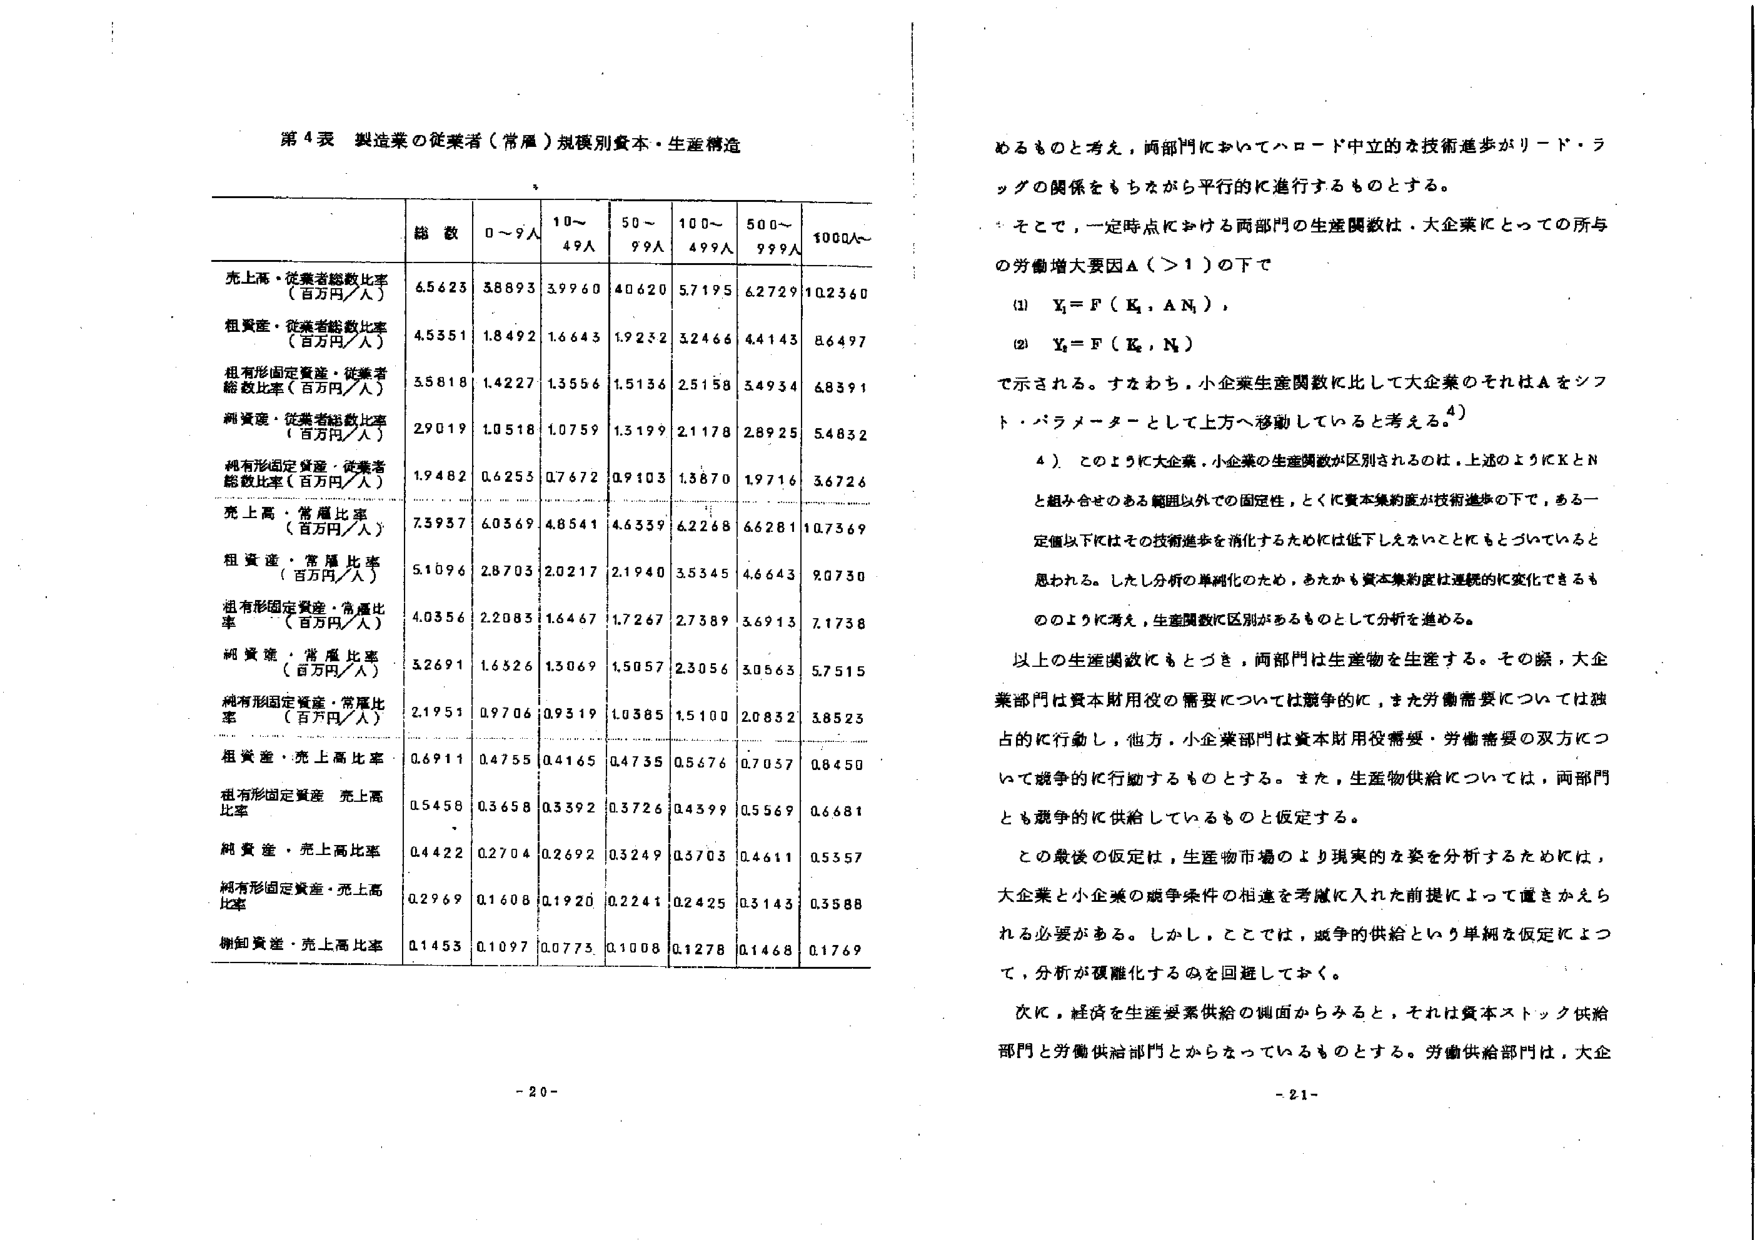
第4表 製造業の従業者（常雇）規模別資本・生産構造

総数 0～9人 10～49人 50～99人 100～499人 500～999人 1000人～

売上高・従業者総数比率（百万円／人） 6.5623 3.8893 3.9960 4.0620 5.7195 6.2729 10.2360
租資産・従業者総数比率（百万円／人） 4.5351 1.8492 1.6643 1.9252 3.2466 4.4143 8.6497
粗有形固定資産・従業者総数比率（百万円／人） 3.5818 1.4227 1.3556 1.5136 2.5158 3.4934 6.8391
純資産・従業者総数比率（百万円／人） 2.9019 1.0518 1.0759 1.3199 2.1178 2.8925 5.4832
純有形固定資産・従業者総数比率（百万円／人） 1.9482 0.6253 0.7672 0.9103 1.3870 1.9716 3.6726

売上高・常雇比率（百万円／人） 7.3937 6.0369 4.8541 4.6339 6.2268 6.6281 10.7369
租資産・常雇比率（百万円／人） 5.1096 2.8703 2.0217 2.1940 3.5345 4.6643 9.0730
粗有形固定資産・常雇比率（百万円／人） 4.0356 2.2085 1.6467 1.7267 2.7389 3.6913 7.1738
純資産・常雇比率（百万円／人） 3.2691 1.6326 1.3069 1.5057 2.3056 3.0563 5.7515
純有形固定資産・常雇比率（百万円／人） 2.1951 0.9706 0.9319 1.0385 1.5100 2.0832 3.8523

租資産・売上高比率 0.6911 0.4755 0.4165 0.4735 0.5676 0.7037 0.8450
粗有形固定資産・売上高比率 0.5458 0.3658 0.3392 0.3726 0.4399 0.5569 0.6681
純資産・売上高比率 0.4422 0.2704 0.2692 0.3249 0.3703 0.4611 0.5357
純有形固定資産・売上高比率 0.2969 0.1608 0.1920 0.2241 0.2425 0.3143 0.3588
棚卸資産・売上高比率 0.1453 0.1097 0.0773 0.1008 0.1278 0.1468 0.1769

- 20 -

めるものと考え、両部門においてハロード中立的な技術進歩がリード・ラッグの関係をもちながら平行的に進行するものとする。

そこで、一定時点における両部門の生産関数は、大企業にとっての所与の労働増大要因A（＞1）の下で

(1) Y₁ = F（K₁，A N₁），
(2) Y₂ = F（K₂，N₂）

で示される。すなわち、小企業生産関数に比して大企業のそれはAをシフト・パラメーターとして上方へ移動していると考える。⁴⁾

⁴）このように大企業・小企業の生産関数が区別されるのは、上述のようにKとNと組み合わせのある範囲以外での固定性、ときに資本集約度が技術進歩の下で、ある一定値以下にはその技術進歩を消化するために低下しえないことにもとづいていると思われる。しかし分析の単純化のため、あたかも資本集約度は連続的に変化できるもののように考え、生産関数に区別があるものとして分析を進める。

以上の生産関数にもとづき、両部門は生産物を生産する。その際、大企業部門は資本財用役の需要については競争的に、また労働需要については独占的に行動し、他方、小企業部門は資本財用役需要・労働需要の双方について競争的に行動するものとする。また、生産物供給については、両部門とも競争的に供給しているものと仮定する。

この最後の仮定は、生産物市場のより現実的な姿を分析するためには、大企業と小企業の競争条件の相違を考慮に入れた前提によって置きかえられる必要がある。しかし、ここでは、競争的供給という単純な仮定によって、分析が複雑化するのを回避しておく。

次に、経済を生産要素供給の側面からみると、それは資本ストック供給部門と労働供給部門とからなっているものとする。労働供給部門は、大企

- 21 -